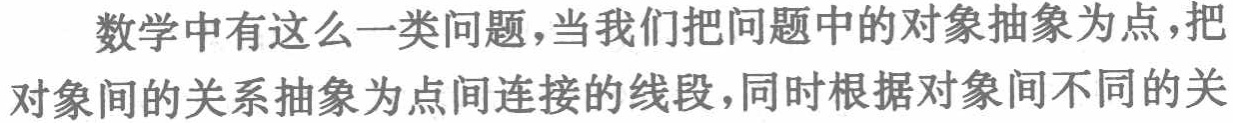
数学中有这么一类问题，当我们把问题中的对象抽象为点，把对象间的关系抽象为点间连接的线段，同时根据对象间不同的关